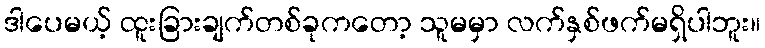
ဒါပေမယ့် ထူးခြားချက်တစ်ခုကတော့ သူမမှာ လက်နှစ်ဖက်မရှိပါဘူး။